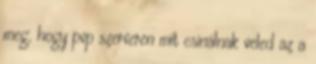
meg, hogy pvp szerveren mit csinálnak veled az a